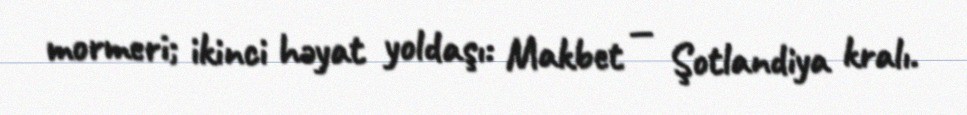
mormeri; ikinci həyat yoldaşı: Makbet — Şotlandiya kralı.